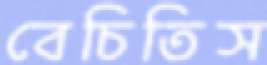
বেচিতিস